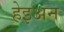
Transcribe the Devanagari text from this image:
हेइअन